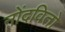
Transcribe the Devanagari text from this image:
नोंदवितो